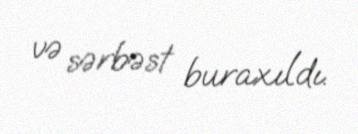
və sərbəst buraxıldı.